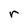
Character: r